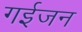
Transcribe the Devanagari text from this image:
गईजन